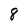
Character: 8